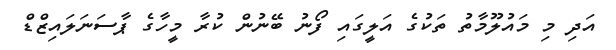
އަދި މި މައުލޫމާތު ތަކުގެ އަލީގައި ފޯނު ބޭނުން ކުރާ މީހާގެ ޕާސަނަލައިޒްޑް